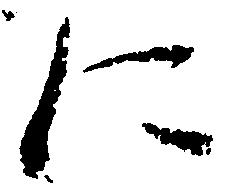
に